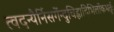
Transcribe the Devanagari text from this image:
त्वदन्यैर्निसर्गेन्दुचिह्नादिभिर्लोकभर्तुः